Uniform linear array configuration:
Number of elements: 16
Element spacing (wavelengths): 0.25
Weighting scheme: hamming
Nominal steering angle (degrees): -60
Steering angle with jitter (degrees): -60.781
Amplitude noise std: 0.05
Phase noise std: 0.05

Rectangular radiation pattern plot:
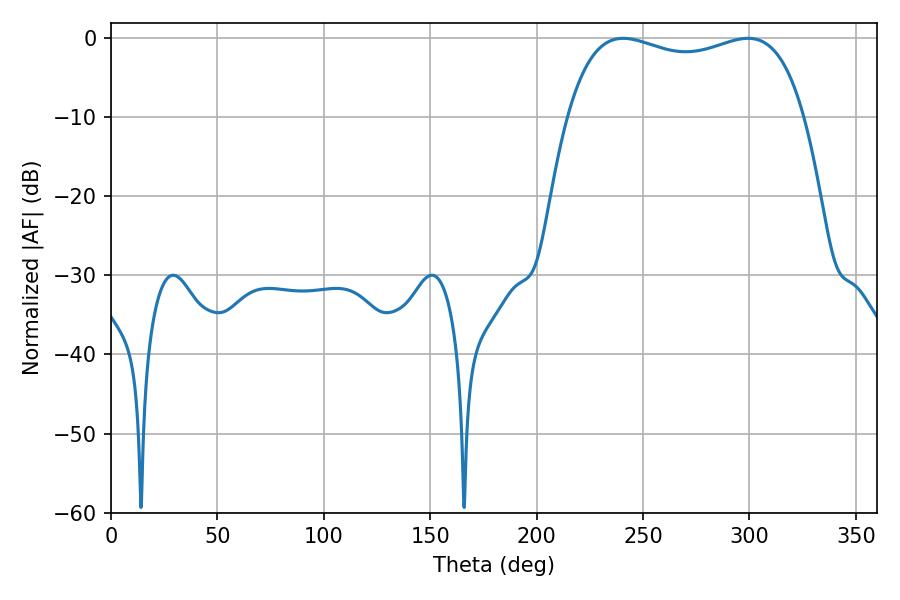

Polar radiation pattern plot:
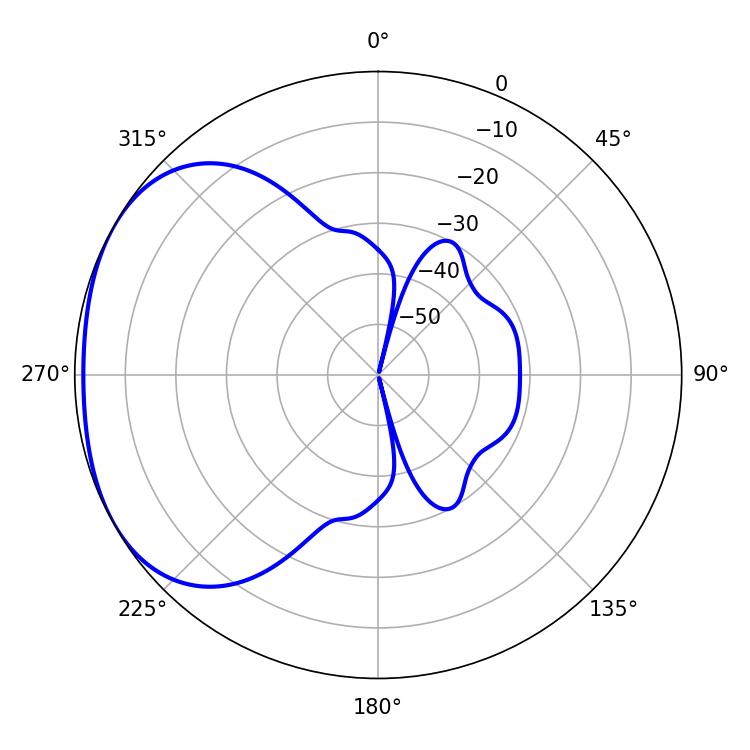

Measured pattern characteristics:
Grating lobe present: FALSE
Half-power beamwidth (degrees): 90.72
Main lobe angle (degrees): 240.66